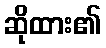
ဆိုထား၏